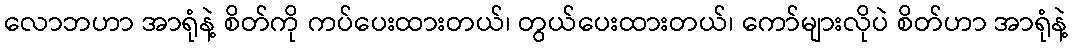
လောဘဟာ အာရုံနဲ့ စိတ်ကို ကပ်ပေးထားတယ်၊ တွယ်ပေးထားတယ်၊ ကော်များလိုပဲ စိတ်ဟာ အာရုံနဲ့